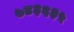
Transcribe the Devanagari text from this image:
७४३६३५